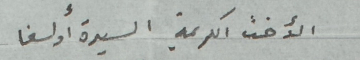
الأخت الكريمة السيدة أولغا